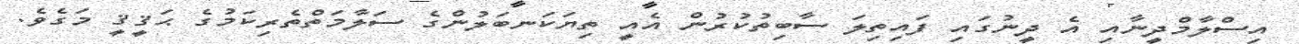
އިސްލާމްދީނާއި އެ ދީނުގައި ފައިތިލަ ސާބިތުކުރުން އެއީ ތިޔަކަނބަލުންގެ ސަލާމަތްތެރިކަމުގެ ޙަޤީޤީ މަގެވެ.